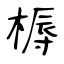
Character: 槈